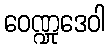
ဝေဏ္ဍုဒေဝါ